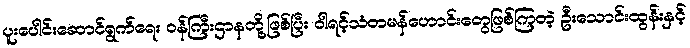
ပူးပေါင်းဆောင်ရွက်ရေး ဝန်ကြီးဌာနတို့ဖြစ်ပြီး ဝါရင့်သံတမန်ဟောင်းတွေဖြစ်ကြတဲ့ ဦးသောင်းထွန်းနှင့်